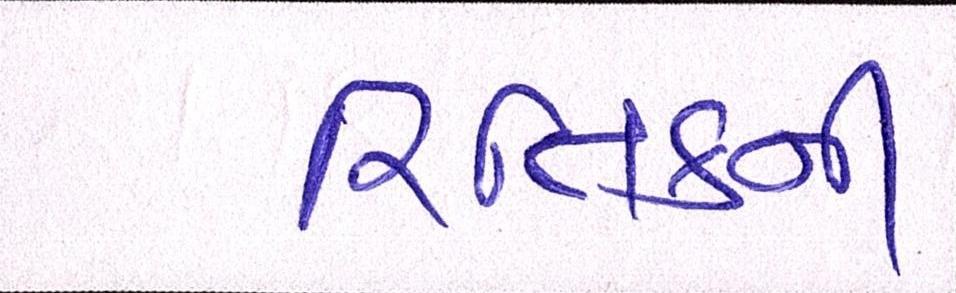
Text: રિતિકની